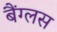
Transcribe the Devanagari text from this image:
बैंग्लस